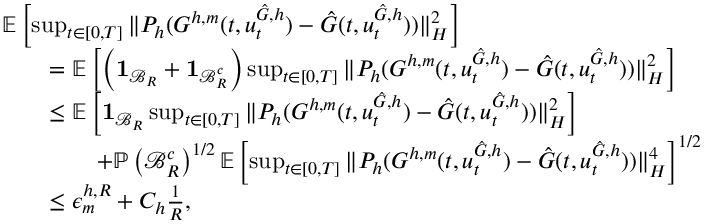
\begin{array} { r l } & { \ensuremath { { \mathbb E } } \left[ \operatorname* { s u p } _ { t \in [ 0 , T ] } \| P _ { h } ( G ^ { h , m } ( t , u _ { t } ^ { \hat { G } , h } ) - \hat { G } ( t , u _ { t } ^ { \hat { G } , h } ) ) \| _ { H } ^ { 2 } \right] } \\ & { \qquad = \ensuremath { { \mathbb E } } \left[ \left( \mathbf { 1 } _ { \mathcal { B } _ { R } } + \mathbf { 1 } _ { \mathcal { B } _ { R } ^ { c } } \right) \operatorname* { s u p } _ { t \in [ 0 , T ] } \| P _ { h } ( G ^ { h , m } ( t , u _ { t } ^ { \hat { G } , h } ) - \hat { G } ( t , u _ { t } ^ { \hat { G } , h } ) ) \| _ { H } ^ { 2 } \right] } \\ & { \qquad \le \ensuremath { { \mathbb E } } \left[ \mathbf { 1 } _ { \mathcal { B } _ { R } } \operatorname* { s u p } _ { t \in [ 0 , T ] } \| P _ { h } ( G ^ { h , m } ( t , u _ { t } ^ { \hat { G } , h } ) - \hat { G } ( t , u _ { t } ^ { \hat { G } , h } ) ) \| _ { H } ^ { 2 } \right] } \\ & { \qquad \qquad + \mathbb { P } \left( \mathcal { B } _ { R } ^ { c } \right) ^ { 1 / 2 } \ensuremath { { \mathbb E } } \left[ \operatorname* { s u p } _ { t \in [ 0 , T ] } \| P _ { h } ( G ^ { h , m } ( t , u _ { t } ^ { \hat { G } , h } ) - \hat { G } ( t , u _ { t } ^ { \hat { G } , h } ) ) \| _ { H } ^ { 4 } \right] ^ { 1 / 2 } } \\ & { \qquad \le \epsilon _ { m } ^ { h , R } + C _ { h } \frac { 1 } { R } , } \end{array}